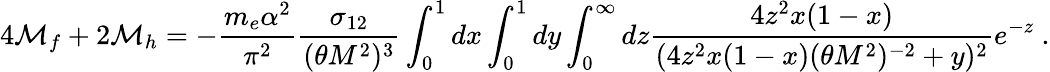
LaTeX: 4{\cal M}_{f}+2{\cal M}_{h}=-{\frac{m_{e}\alpha^{2}}{\pi^{2}}}{\frac{\sigma_{12}}{(\theta M^{2})^{3}}}\int_{0}^{1}dx\int_{0}^{1}dy\int_{0}^{\infty}dz{\frac{4z^{2}x(1-x)}{(4z^{2}x(1-x)(\theta M^{2})^{-2}+y)^{2}}}e^{-z}\ .